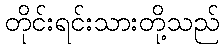
တိုင်းရင်းသားတို့သည်